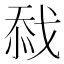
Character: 𢧏